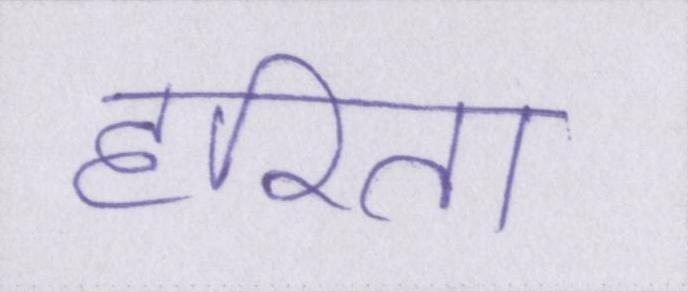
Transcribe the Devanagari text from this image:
हरिता